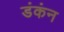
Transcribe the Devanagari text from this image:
डंकंन